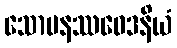
သောမနဿဝေဒနိယံ